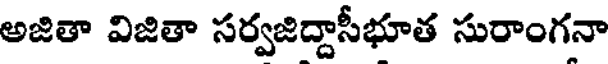
అజితా విజితా సర్వజిద్దాసీభూత సురాంగనా